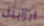
ايزابيل